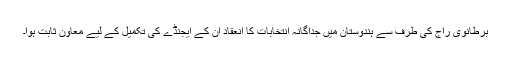
برطانوی راج کی طرف سے ہندوستان میں جداگانہ انتخابات کا انعقاد ان کے ایجنڈے کی تکمیل کے لیے معاون ثابت ہوا۔